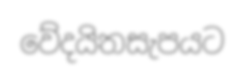
වේදයිතසැපයට